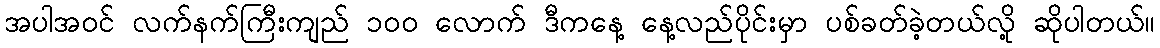
အပါအဝင် လက်နက်ကြီးကျည် ၁၀၀ လောက် ဒီကနေ့ နေ့လည်ပိုင်းမှာ ပစ်ခတ်ခဲ့တယ်လို့ ဆိုပါတယ်။